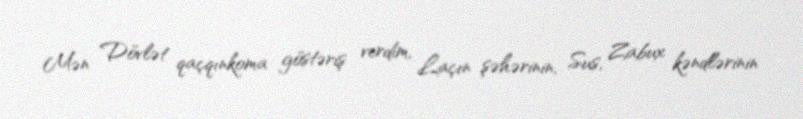
Mən Dövlət qaçqınkoma göstəriş verdim, Laçın şəhərinin, Sus, Zabux kəndlərinin